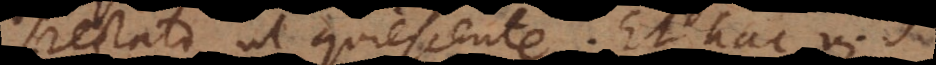
spectato ut quiescente. Et hac vi